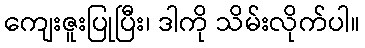
ကျေးဇူးပြုပြီး၊ ဒါကို သိမ်းလိုက်ပါ။